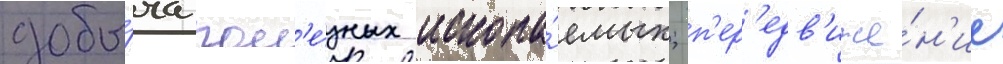
добы́ча пол'е́зных ископа́емых; п'ер'едв'иже́н'ие